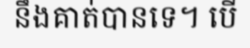
នឹងគាត់បានទេ។ បើ